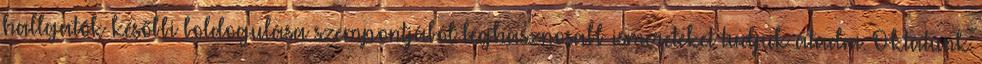
hallgatók későbbi boldogulása szempontjából leghasznosabb ismereteket tudjuk átadni. Oktatunk